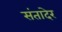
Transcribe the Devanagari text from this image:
संतादेर